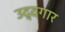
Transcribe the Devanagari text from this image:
उद्दगार